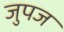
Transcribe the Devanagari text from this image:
जुपज